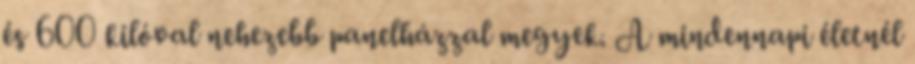
és 600 kilóval nehezebb panelházzal megyek. A mindennapi életnél